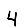
Digit: 4